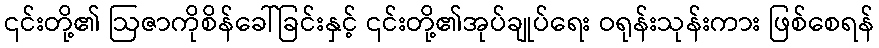
၎င်းတို့၏ ဩဇာကိုစိန်ခေါ်ခြင်းနှင့် ၎င်းတို့၏အုပ်ချုပ်ရေး ဝရုန်းသုန်းကား ဖြစ်စေရန်